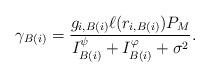
LaTeX: \begin{align*}\gamma_{B(i)} = \frac{ g_{i,B(i)} \ell(r_{i,B(i)}) P_M }{ I^\psi_{B(i)} + I^\varphi_{B(i)} + \sigma^2 }.\end{align*}